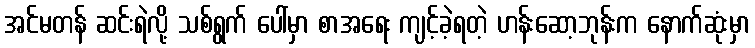
အင်မတန် ဆင်းရဲလို့ သစ်ရွက် ပေါ်မှာ စာအရေး ကျင့်ခဲ့ရတဲ့ ဟန်းဆော့ဘုန်းက နောက်ဆုံးမှာ